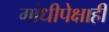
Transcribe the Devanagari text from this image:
गांधीपेक्षाही